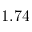
1 . 7 4